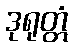
ဒုရုတ္တံ